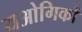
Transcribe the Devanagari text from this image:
यओगिकों